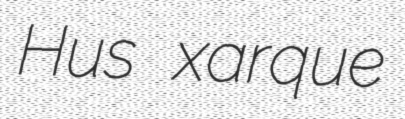
Hus xarque